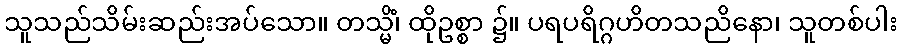
သူသည်သိမ်းဆည်းအပ်သော။ တသ္မိံ၊ ထိုဥစ္စာ ၌။ ပရပရိဂ္ဂဟိတသညိနော၊ သူတစ်ပါး